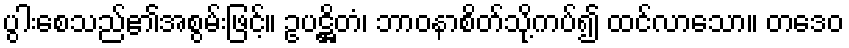
ပွါးစေသည်၏အစွမ်းဖြင့်။ ဥပဋ္ဌိတံ၊ ဘာဝနာစိတ်သို့ကပ်၍ ထင်လာသော။ တဒေဝ